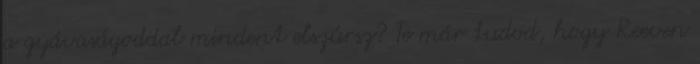
a gyávaságoddal mindent elszúrsz? Te már tudod, hogy Reeven